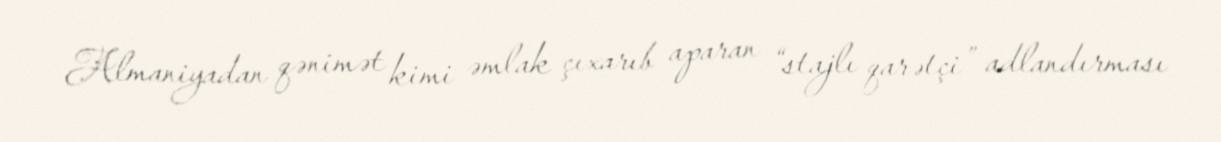
Almaniyadan qənimət kimi əmlak çıxarıb aparan “stajlı qarətçi” adlandırması